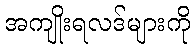
အကျိုးရလဒ်များကို